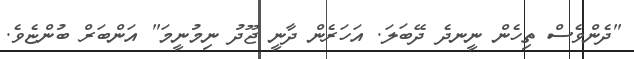
"ދެންވެސް ތިހެން ނީނދެ ދޭބަލަ. އަހަރެން ދާނީ ޖޫދު ނިމުނީމަ" އަންބަރް ބުންޏެވެ.